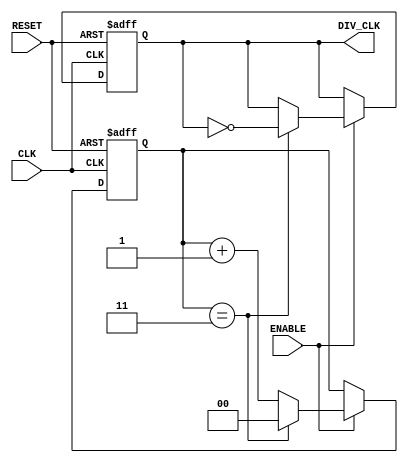
module freq_divider #(
    parameter M = 4 // Division factor (must be >= 2)
) (
    input wire CLK,          // Primary clock input
    input wire RESET,        // Asynchronous reset input
    input wire ENABLE,       // Enable input for the counter
    output reg DIV_CLK       // Divided output clock signal
);
    
    // Calculate the necessary counter width
    localparam N = $clog2(M);  // Counter width based on division factor
    reg [N-1:0] counter;        // N-bit counter
    
    // Asynchronous reset and frequency division logic
    always @(posedge CLK or posedge RESET) begin
        if (RESET) begin
            counter <= 0;        // Reset counter to 0
            DIV_CLK <= 0;       // Reset DIV_CLK output
        end else if (ENABLE) begin
            if (counter == M-1) begin
                counter <= 0;     // Reset counter
                DIV_CLK <= ~DIV_CLK; // Toggle output clock
            end else begin
                counter <= counter + 1; // Increment counter
            end
        end
    end
    
endmodule